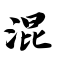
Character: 混